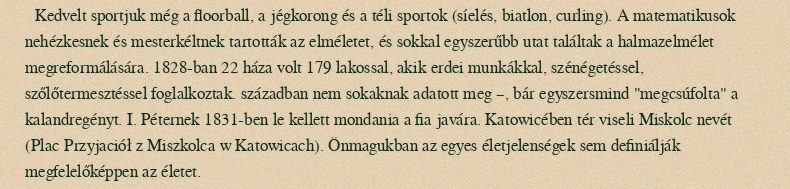
Kedvelt sportjuk még a floorball, a jégkorong és a téli sportok (síelés, biatlon, curling). A matematikusok nehézkesnek és mesterkéltnek tartották az elméletet, és sokkal egyszerűbb utat találtak a halmazelmélet megreformálására. 1828-ban 22 háza volt 179 lakossal, akik erdei munkákkal, szénégetéssel, szőlőtermesztéssel foglalkoztak. században nem sokaknak adatott meg –, bár egyszersmind "megcsúfolta" a kalandregényt. I. Péternek 1831-ben le kellett mondania a fia javára. Katowicében tér viseli Miskolc nevét (Plac Przyjaciół z Miszkolca w Katowicach). Önmagukban az egyes életjelenségek sem definiálják megfelelőképpen az életet.